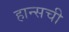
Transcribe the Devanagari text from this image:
हान्सची